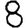
Digit: 8